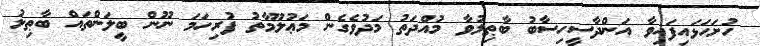
ހުށަހަޅައިފައިވާ އަންދާސީހިސާބު ބާޠިލުވާ މުއްދަތު މަދުވެގެން މަޢުލޫމާތު ފުރިހަމަ ނޫން ބީލަންތައް ބާޠިލު